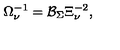
\Omega _ { \nu } ^ { - 1 } = \mathcal { B } _ { \Sigma } \Xi _ { \nu } ^ { - 2 } ,